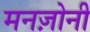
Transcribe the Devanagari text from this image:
मनज़ोनी